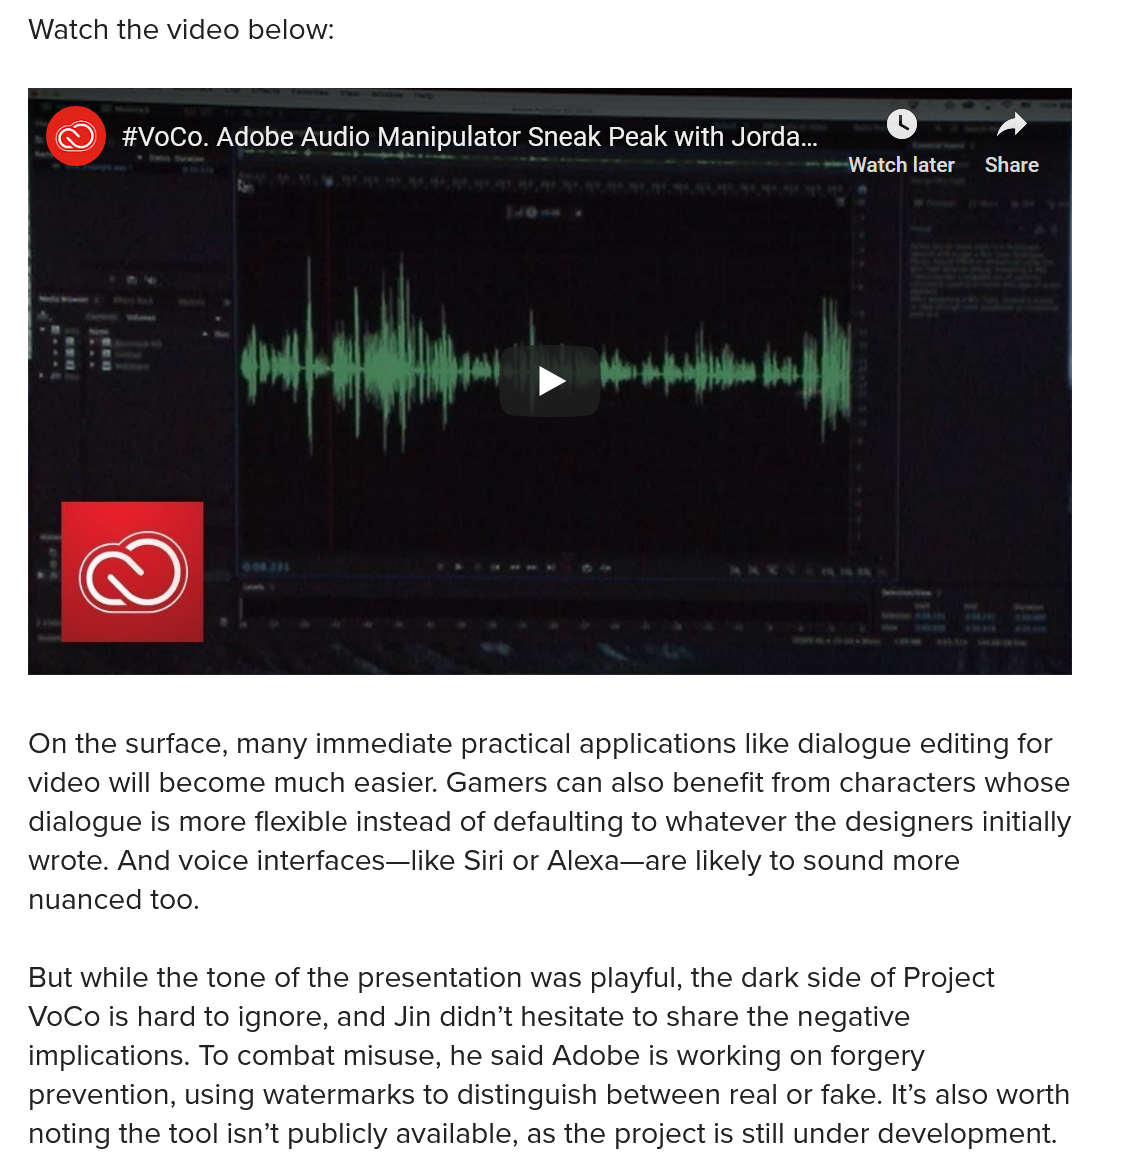
On the surface, many immediate practical applications like dialogue editing for
  video will become much easier. Gamers can also benefit from characters whose
   dialogue is more flexible instead of defaulting to whatever the designers initially
   wrote. And voice interfaces—like Siri or Alexa—are likely to sound more
   nuanced too.
   But while the tone of the presentation was playful, the dark side of Project
  VoCo is hard to ignore, and Jin didn’t hesitate to share the negative
   implications. To combat misuse, he said Adobe is working on forgery
   prevention, using watermarks to distinguish between real or fake. It’s also worth
   noting the tool isn’t publicly available, as the project is still under development.
   Watch the video below:
     Watch later Share
     #VoCo. Adobe Audio Manipulator Sneak Peak with Jorda...

    ©    #VoCo. Adobe Audio Manipulator Sneak Peak with Jorda...
     Co    lad
     me oN LC mE
     f=    Om    hyh  tbh    ol